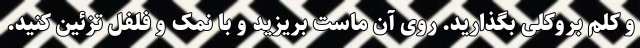
و کلم بروکلی بگذارید. روی آن ماست بریزید و با نمک و فلفل تزئین کنید.